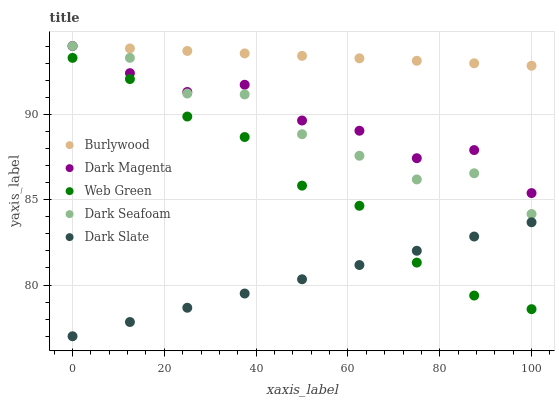
| xaxis_label | Burlywood | Dark Magenta | Web Green | Dark Seafoam | Dark Slate |
 | --- | --- | --- | --- | --- | --- |
 | 0 | 94 | 94 | 93.3 | 94 | 77 |
 | 12.5 | 93.9 | 92.4 | 92.1 | 93.3 | 77.8 |
 | 25 | 93.7 | 91.3 | 89.9 | 91.2 | 78.7 |
 | 37.5 | 93.6 | 91.7 | 88.7 | 91.2 | 79.5 |
 | 50 | 93.4 | 89.6 | 85.8 | 88.8 | 80.3 |
 | 62.5 | 93.3 | 89 | 84.6 | 87.6 | 81.2 |
 | 75 | 93.1 | 87.4 | 81.3 | 86.2 | 82 |
 | 87.5 | 93 | 87.9 | 79.4 | 86.5 | 82.8 |
 | 100 | 92.8 | 85.4 | 78.6 | 84.2 | 83.7 |